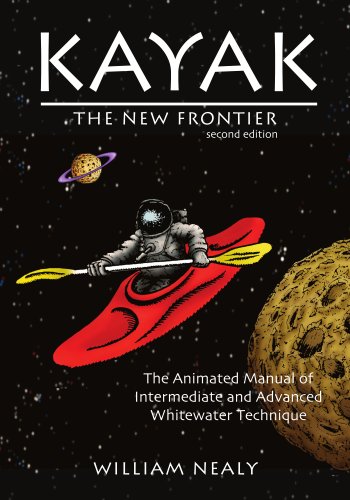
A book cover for Kayak: The New Frontier: The Animated Manual of Intermediate and Advanced Whitewater Technique; William Nealy; Sports & Outdoors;